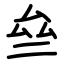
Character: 亝